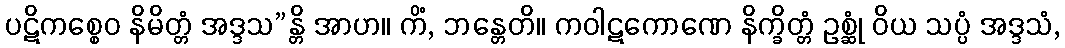
ပဋိကစ္စေဝ နိမိတ္တံ အဒ္ဒသ”န္တိ အာဟ။ ကိံ, ဘန္တေတိ။ ကဝါဋကောဏေ နိက္ခိတ္တံ ဥစ္ဆုံ ဝိယ သပ္ပံ အဒ္ဒသံ,